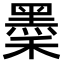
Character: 𪐺